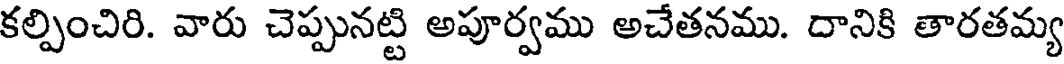
కల్పించిరి. వారు చెప్పునట్టి అపూర్వము అచేతనము. దానికి తారతమ్య